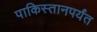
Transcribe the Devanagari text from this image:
पाकिस्तानपर्यंत